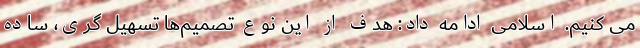
می کنیم. اسلامی ادامه داد: هدف از این نوع تصمیم‌ها تسهیل گری، ساده